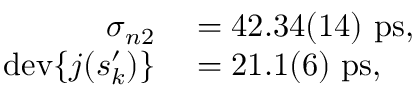
\begin{array} { r l } { \sigma _ { n 2 } } & { { } = 4 2 . 3 4 ( 1 4 ) ~ \mathrm { p s } , } \\ { \mathrm { d e v } \{ j ( s _ { k } ^ { \prime } ) \} } & { { } = 2 1 . 1 ( 6 ) ~ \mathrm { p s } , } \end{array}